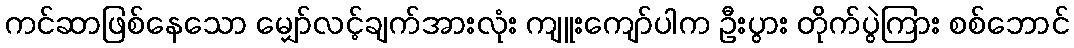
ကင်ဆာဖြစ်နေသော မျှော်လင့်ချက်အားလုံး ကျူးကျော်ပါက ဦးပွား တိုက်ပွဲကြား စစ်ဘောင်